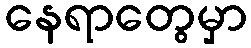
နေရာတွေမှာ